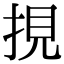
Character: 挸